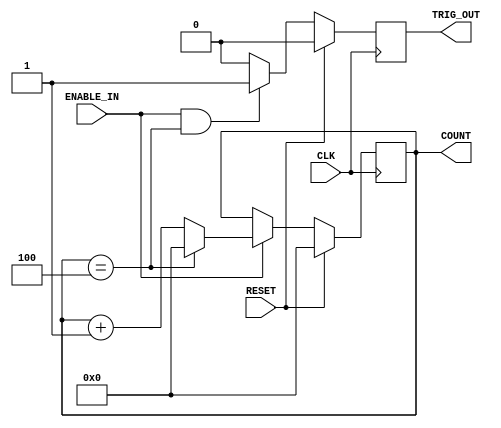
`timescale 1ns / 1ps
//////////////////////////////////////////////////////////////////////////////////
//END USER LICENCE AGREEMENT                                                    //
//                                                                              //
//Copyright (c) 2012, ARM All rights reserved.                                  //
//                                                                              //
//THIS END USER LICENCE AGREEMENT ("LICENCE") IS A LEGAL AGREEMENT BETWEEN      //
//YOU AND ARM LIMITED ("ARM") FOR THE USE OF THE SOFTWARE EXAMPLE ACCOMPANYING  //
//THIS LICENCE. ARM IS ONLY WILLING TO LICENSE THE SOFTWARE EXAMPLE TO YOU ON   //
//CONDITION THAT YOU ACCEPT ALL OF THE TERMS IN THIS LICENCE. BY INSTALLING OR  //
//OTHERWISE USING OR COPYING THE SOFTWARE EXAMPLE YOU INDICATE THAT YOU AGREE   //
//TO BE BOUND BY ALL OF THE TERMS OF THIS LICENCE. IF YOU DO NOT AGREE TO THE   //
//TERMS OF THIS LICENCE, ARM IS UNWILLING TO LICENSE THE SOFTWARE EXAMPLE TO    //
//YOU AND YOU MAY NOT INSTALL, USE OR COPY THE SOFTWARE EXAMPLE.                //
//                                                                              //
//ARM hereby grants to you, subject to the terms and conditions of this Licence,//
//a non-exclusive, worldwide, non-transferable, copyright licence only to       //
//redistribute and use in source and binary forms, with or without modification,//
//for academic purposes provided the following conditions are met:              //
//a) Redistributions of source code must retain the above copyright notice, this//
//list of conditions and the following disclaimer.                              //
//b) Redistributions in binary form must reproduce the above copyright notice,  //
//this list of conditions and the following disclaimer in the documentation     //
//and/or other materials provided with the distribution.                        //
//                                                                              //
//THIS SOFTWARE EXAMPLE IS PROVIDED BY THE COPYRIGHT HOLDER "AS IS" AND ARM     //
//EXPRESSLY DISCLAIMS ANY AND ALL WARRANTIES, EXPRESS OR IMPLIED, INCLUDING     //
//WITHOUT LIMITATION WARRANTIES OF MERCHANTABILITY AND FITNESS FOR A PARTICULAR //
//PURPOSE, WITH RESPECT TO THIS SOFTWARE EXAMPLE. IN NO EVENT SHALL ARM BE LIABLE/
//FOR ANY DIRECT, INDIRECT, INCIDENTAL, PUNITIVE, OR CONSEQUENTIAL DAMAGES OF ANY/
//KIND WHATSOEVER WITH RESPECT TO THE SOFTWARE EXAMPLE. ARM SHALL NOT BE LIABLE //
//FOR ANY CLAIMS, DAMAGES OR OTHER LIABILITY, WHETHER IN AN ACTION OF CONTRACT, //
//TORT OR OTHERWISE, ARISING FROM, OUT OF OR IN CONNECTION WITH THE SOFTWARE    //
//EXAMPLE OR THE USE OR OTHER DEALINGS IN THE SOFTWARE EXAMPLE. FOR THE AVOIDANCE/
// OF DOUBT, NO PATENT LICENSES ARE BEING LICENSED UNDER THIS LICENSE AGREEMENT.//
//////////////////////////////////////////////////////////////////////////////////

module GenericCounter(
     CLK,
     RESET,
     ENABLE_IN,
	  TRIG_OUT,
	  COUNT
    );
	parameter COUNTER_WIDTH=4;
	parameter COUNTER_MAX=4;
	
	input CLK;
	input RESET;
	input ENABLE_IN;
	output TRIG_OUT;
	output [COUNTER_WIDTH-1:0] COUNT;
	
	reg [COUNTER_WIDTH-1:0] counter;
	reg triggerout;


	always@(posedge CLK)begin
		if (RESET)
			counter<=0;
		else begin
			if (ENABLE_IN) begin
				if (counter==(COUNTER_MAX)) 
					counter<=0;
				else
					counter<=counter+1;
			end
		end
	end
	
	always@(posedge CLK)begin
		if (RESET)
			triggerout<=0;
		else begin
			if (ENABLE_IN && (counter==(COUNTER_MAX)))
				triggerout<=1;
			else
				triggerout<=0;
		end
	end
	
	assign COUNT=counter;
	assign TRIG_OUT=triggerout;
	
endmodule